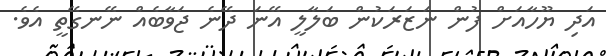
އަދި ޔޫހާއަށް ފުން ނަޒަރަކުން ބަލާލީ އޭނަ ދޭނެ ޖަވާބެއް ނޭނގޭތީ އެވެ.